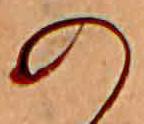
の